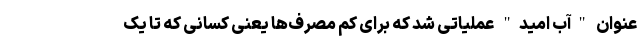
عنوان "آب امید" عملیاتی شد که برای کم مصرف‌ها یعنی کسانی که تا یک